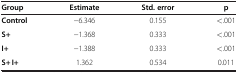
| Group | Estimate | Std. error | p |
 | --- | --- | --- | --- |
 | Control | −6.346 | 0.155 | <.001 |
 | S+ | −1.368 | 0.333 | <.001 |
 | I+ | −1.388 | 0.333 | <.001 |
 | S+ I+ | 1.362 | 0.534 | 0.011 |